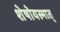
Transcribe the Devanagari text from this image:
शेषोयस्मात्